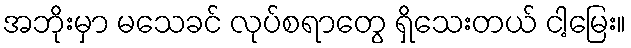
အဘိုးမှာ မသေခင် လုပ်စရာတွေ ရှိသေးတယ် ငါ့မြေး။